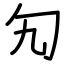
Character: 勼